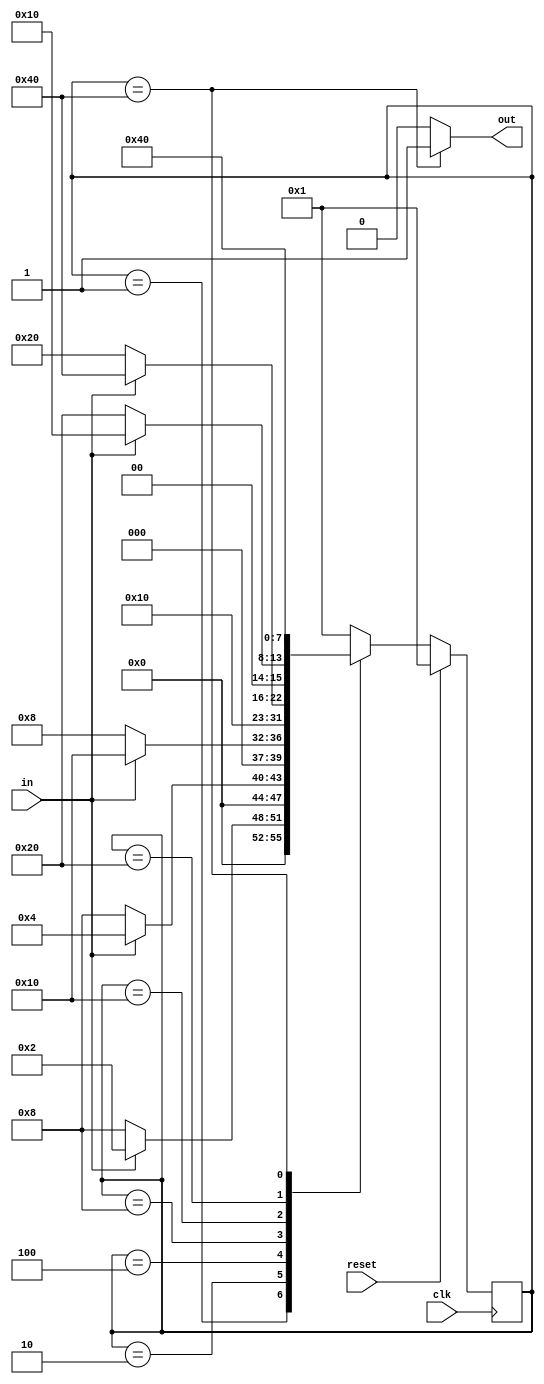
`timescale 1ns / 1ps
//////////////////////////////////////////////////////////////////////////////////
// Company: 
// Engineer: 
// 
// Design Name: 
// Module Name: ohe
// Project Name: 
// Target Devices: 
// Tool Versions: 
// Description: 
// 
// Dependencies: 
// 
// Revision:
// Revision 0.01 - File Created
// Additional Comments:
// 
//////////////////////////////////////////////////////////////////////////////////


module ohe(
    input wire clk,
    input wire reset,
    input wire in,
    output wire out
    );

       localparam STATE_0 = 8'd1;
       localparam STATE_1 = 8'd2;
       localparam STATE_2 = 8'd4;
       localparam STATE_3 = 8'd8;
       localparam STATE_4 = 8'd16;
       localparam STATE_5 = 8'd32;
       localparam STATE_6 = 8'd64;
    
       reg [7:0] current_state;
    
       always @(posedge clk) begin
          if (reset == 1) begin
             current_state <= STATE_0;
             //out <= 0;
          end else begin
             case (current_state)
                STATE_0 : begin
                   if (in == 1) begin
                      current_state <= STATE_1;
                      //out <= 0;
                   end else begin
                      current_state <= STATE_3;
                      //out <= 0;
                   end
                end
                STATE_1 : begin
                   if (in == 1) begin
                      current_state <= STATE_2;
                      //out <= 0;
                   end else begin
                      current_state <= STATE_3;
                      //out <= 0;
                   end
                end
                STATE_2 : begin
                   if (in == 1) begin
                      current_state <= STATE_4;
                      //out <= ;
                   end else begin
                      current_state <= STATE_3;
                      //out <= ;
                   end
                end
                STATE_3 : begin
                   current_state = STATE_3;
                   //out <= 0;
                end
                STATE_4 : begin
                   if (in == 1) begin
                      current_state <= STATE_6;
                      //out <= 1;
                   end else begin
                      current_state <= STATE_5;
                      //out <= 0;
                   end
                end
                STATE_5 : begin
                   if (in == 1) begin
                      current_state <= STATE_4;
                      //out <= 0;
                   end else begin
                      current_state <= STATE_5;
                      //out <= 0;
                   end
                end
                STATE_6 : begin
                    current_state <= STATE_6;
                   //out <= 0;
                end
                default : begin  // Fault Recovery
                   current_state <= STATE_0;
                end
             endcase
          end
       end
       
       assign out = (current_state == STATE_6) ? 1 : 0;
endmodule